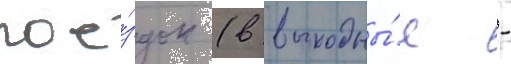
пое́здок (в выходны́е -